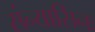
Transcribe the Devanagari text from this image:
संन्यासिनः